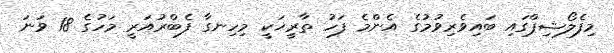
މިފެލޯޝިޕްގައި ބައިވެރިވުމުގެ އެންމެ ފަހު ތާރީޚަކީ މިހިނގާ ފެބްރުއަރީ މަހުގެ 18 ވަނަ